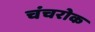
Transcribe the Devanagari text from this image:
चंचरोक